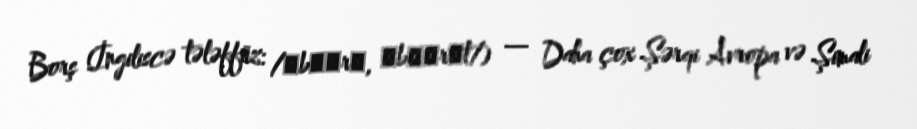
Borş (İngiliscə tələffüz: /ˈbɔːrʃ, ˈbɔːrʃt/) — Daha çox Şərqi Avropa və Şimali